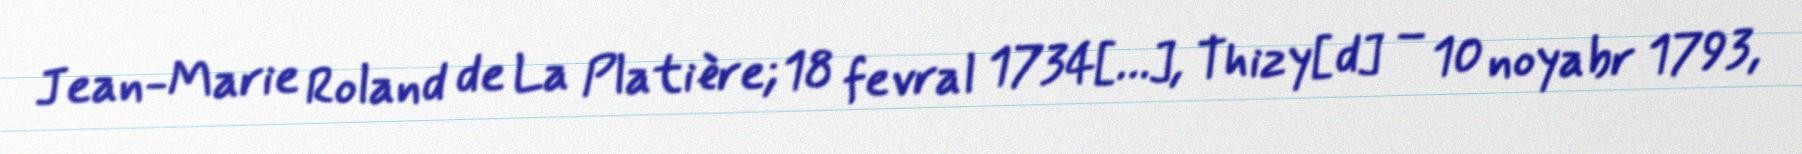
Jean-Marie Roland de La Platière; 18 fevral 1734[…], Thizy[d] – 10 noyabr 1793,